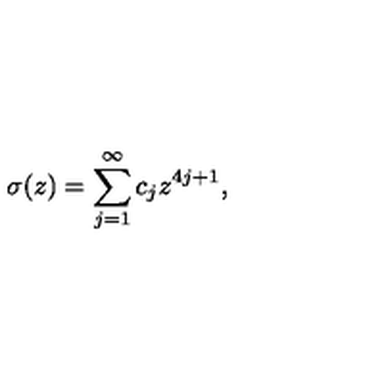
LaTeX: \sigma ( z ) = \sum _ { j = 1 } ^ { \infty } { c } _ { j } z ^ { 4 j + 1 } ,